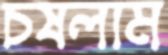
চষলাম